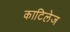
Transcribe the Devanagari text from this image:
काटिलेज